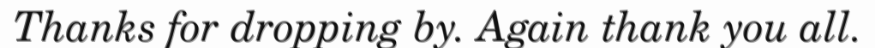
Thanks for dropping by. Again thank you all.